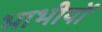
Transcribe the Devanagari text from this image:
भाभीयों